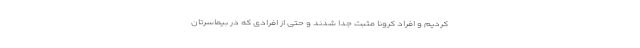
کردیم و افراد کرونا مثبت جدا شدند و حتی از افرادی که در بیماسرتان